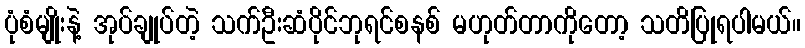
ပုံစံမျိုးနဲ့ အုပ်ချုပ်တဲ့ သက်ဦးဆံပိုင်ဘုရင်စနစ် မဟုတ်တာကိုတော့ သတိပြုရပါမယ်။